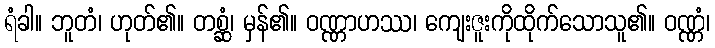
ရံခါ။ ဘူတံ၊ ဟုတ်၏။ တစ္ဆံ၊ မှန်၏။ ဝဏ္ဏာဟဿ၊ ကျေးဇူးကိုထိုက်သောသူ၏။ ဝဏ္ဏံ၊